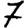
Digit: 7